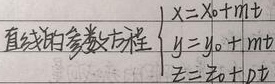
直线的参数方程为
\(\begin{cases}
x = x_0+mt\\
y = y_0+nt\\
z = z_0+pt
\end{cases}\)